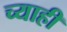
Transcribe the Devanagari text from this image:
च्याही